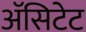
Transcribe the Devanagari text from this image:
ॲसिटेट